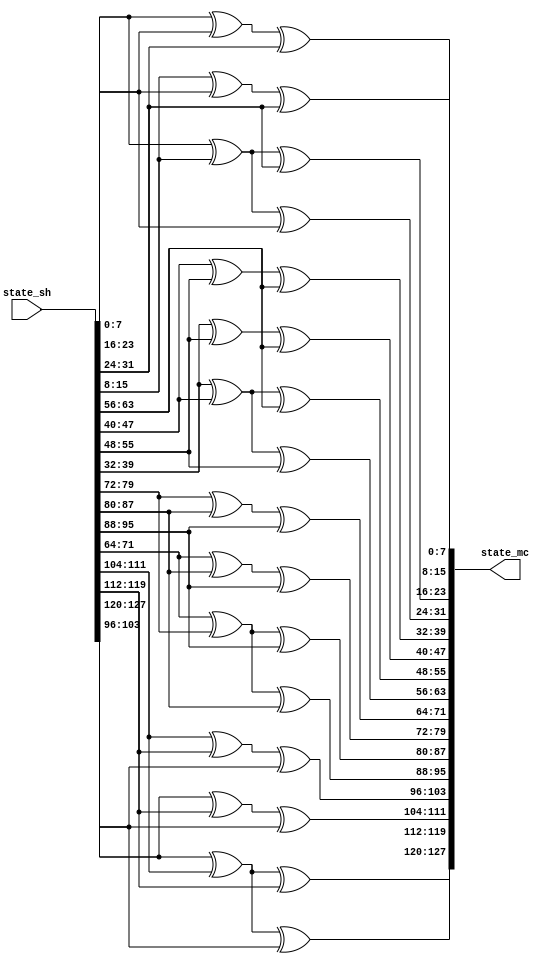
module midori_mix_column (input [127:0] state_sh,
                          output [127:0] state_mc);
// Almost MDS
// [00 01 01 01]   [s0  s4  s8  s12]
// [01 00 01 01] . [s1  s5  s9  s13]
// [01 01 00 01]   [s2  s6  s10 s14]
// [01 01 01 00]   [s3  s7  s11 s15]

assign state_mc[0*8+7:0*8] = state_sh[1*8+7:1*8]^ state_sh[2*8+7:2*8]^ state_sh[3*8+7:3*8];
assign state_mc[1*8+7:1*8] = state_sh[0*8+7:0*8]^ state_sh[2*8+7:2*8]^ state_sh[3*8+7:3*8];
assign state_mc[2*8+7:2*8] = state_sh[0*8+7:0*8]^ state_sh[1*8+7:1*8]^ state_sh[3*8+7:3*8];
assign state_mc[3*8+7:3*8] = state_sh[0*8+7:0*8]^ state_sh[1*8+7:1*8]^ state_sh[2*8+7:2*8];

assign state_mc[4*8+7:4*8] = state_sh[5*8+7:5*8]^ state_sh[6*8+7:6*8]^ state_sh[7*8+7:7*8];
assign state_mc[5*8+7:5*8] = state_sh[4*8+7:4*8]^ state_sh[6*8+7:6*8]^ state_sh[7*8+7:7*8];
assign state_mc[6*8+7:6*8] = state_sh[4*8+7:4*8]^ state_sh[5*8+7:5*8]^ state_sh[7*8+7:7*8];
assign state_mc[7*8+7:7*8] = state_sh[4*8+7:4*8]^ state_sh[5*8+7:5*8]^ state_sh[6*8+7:6*8];

assign state_mc[8*8+7:8*8] = state_sh[9*8+7:9*8]^ state_sh[10*8+7:10*8]^ state_sh[11*8+7:11*8];
assign state_mc[9*8+7:9*8] = state_sh[8*8+7:8*8]^ state_sh[10*8+7:10*8]^ state_sh[11*8+7:11*8];
assign state_mc[10*8+7:10*8] = state_sh[8*8+7:8*8]^ state_sh[9*8+7:9*8]^ state_sh[11*8+7:11*8];
assign state_mc[11*8+7:11*8] = state_sh[8*8+7:8*8]^ state_sh[9*8+7:9*8]^ state_sh[10*8+7:10*8];

assign state_mc[12*8+7:12*8] = state_sh[13*8+7:13*8]^ state_sh[14*8+7:14*8]^ state_sh[15*8+7:15*8];
assign state_mc[13*8+7:13*8] = state_sh[12*8+7:12*8]^ state_sh[14*8+7:14*8]^ state_sh[15*8+7:15*8];
assign state_mc[14*8+7:14*8] = state_sh[12*8+7:12*8]^ state_sh[13*8+7:13*8]^ state_sh[15*8+7:15*8];
assign state_mc[15*8+7:15*8] = state_sh[12*8+7:12*8]^ state_sh[13*8+7:13*8]^ state_sh[14*8+7:14*8];


endmodule //midori_mix_column